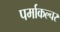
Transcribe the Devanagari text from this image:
पर्माकल्चर